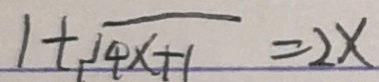
1 + \sqrt { 4 x + 1 } = 2 x